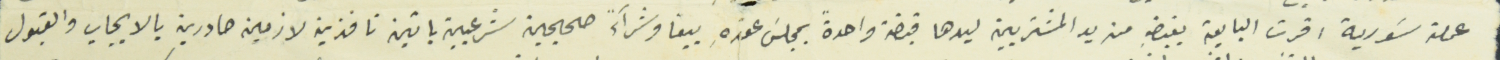
عملة سَورية اقرت البايعة بقبضهِ من يد المشتريين ليدها قبضة واحدةً بمجلسَ عقدهِ بيعاَ وشرآءً صحيحين شرعيين باقين نافذين لازمين صادرين بالايجاب والقبول